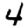
Digit: 4